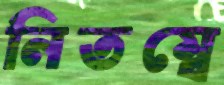
নিতম্বে